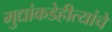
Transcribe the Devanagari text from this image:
मुद्यांकडेहीत्यांचे